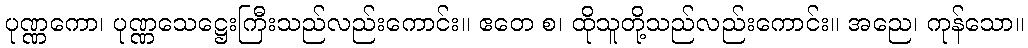
ပုဏ္ဏကော၊ ပုဏ္ဏသေဋ္ဌေးကြီးသည်လည်းကောင်း။ ဧတေ စ၊ ထိုသူတို့သည်လည်းကောင်း။ အညေ၊ ကုန်သော။